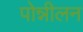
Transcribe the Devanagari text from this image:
पोन्नीलन